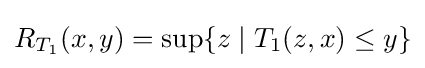
R_{T_{1}}(x,y)=\sup\{z\mid T_{1}(z,x)\leq y\}